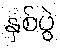
နှစ်ပွဲ